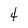
Character: 4